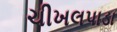
ચીખલપાડા